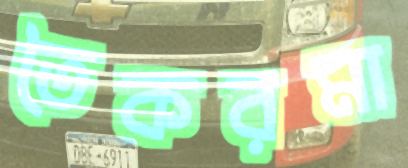
তৈকরমা